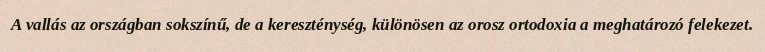
A vallás az országban sokszínű, de a kereszténység, különösen az orosz ortodoxia a meghatározó felekezet.